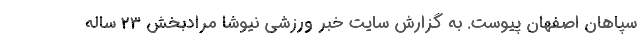
سپاهان اصفهان پیوست. به گزارش سایت خبر ورزشی نیوشا مرادبخش ۲۳ ساله